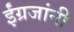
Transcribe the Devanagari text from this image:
ईंग्रजांनी